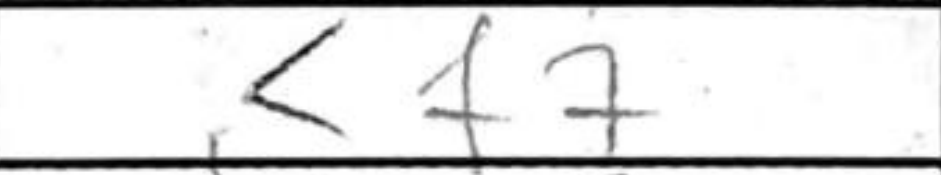
Transcription: Kf7